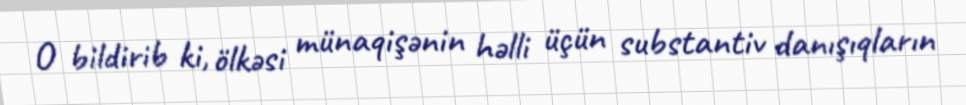
O bildirib ki, ölkəsi münaqişənin həlli üçün substantiv danışıqların